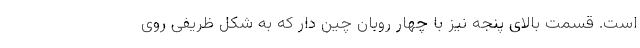
است. قسمت بالای پنجه نیز با چهار روبان چین دار که به شکل ظریفی روی